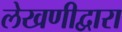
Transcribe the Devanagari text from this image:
लेखणीद्वारा